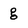
Character: g